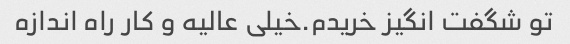
تو شگفت انگیز خریدم.خیلی عالیه و کار راه اندازه